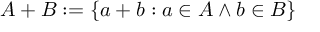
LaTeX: A + B : = \{ a + b : a \in A \land b \in B \}